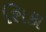
શિકા